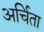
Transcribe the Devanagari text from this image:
अर्चिता